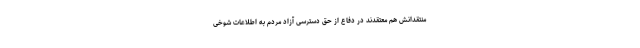
منتقدانش هم معتقدند در دفاع از حق دسترسی آزاد مردم به اطلاعات شوخی